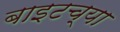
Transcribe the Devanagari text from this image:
बाइटच्या